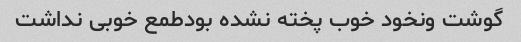
گوشت ونخود خوب پخته نشده بودطمع خوبی نداشت